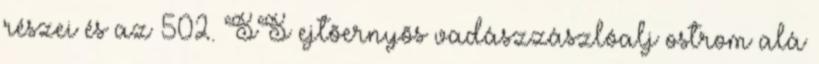
részei és az 502. SS ejtõernyõs vadászzászlóalj ostrom alá